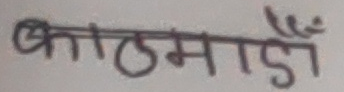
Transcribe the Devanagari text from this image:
काठमाडौँ